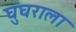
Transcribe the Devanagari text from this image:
घुंघराला